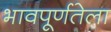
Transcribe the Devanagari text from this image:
भावपूर्णतेला